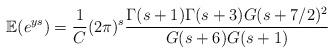
LaTeX: \begin{align*}\mathbb{E}(e^{ys}) = \frac{1}{C}(2\pi)^{s}\frac{\Gamma(s+1)\Gamma(s+3)G(s+7/2)^{2}}{G(s+6)G(s+1)}\end{align*}